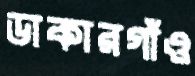
ডাকারগাঁও